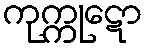
ကုက္ကုဋော